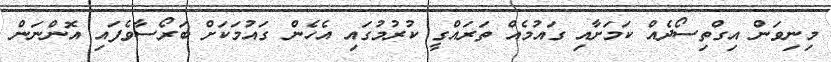
މިނިވަން އިގްތިސޯދެއް ކަމަށާއި ގައުމެއް ތަރައްގީ ކުރުމުގައި އެހެން ގައުމަކަށް ބަރޯސާވެފައި އޮންނަން